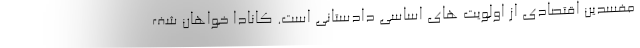
مفسدین اقتصادی از اولویت های اساسی دادستانی است. کانادا خواهان شف